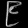
Digit: ၉